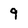
Character: 9